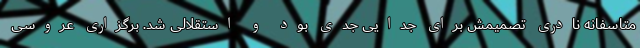
متاسفانه نادری تصمیمش برای جدایی جدی بود و استقلالی شد. برگزاری عروسی